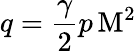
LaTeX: q={\frac{\gamma}{2}}p\, \mathrm{M}^{2}